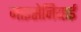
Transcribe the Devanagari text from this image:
माइसेनियाई